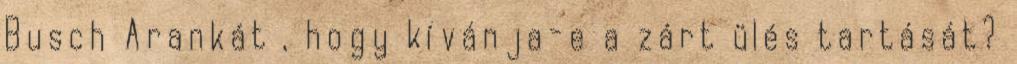
Busch Arankát , hogy kívánja-e a zárt ülés tartását?